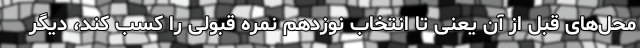
محل‌های قبل از آن یعنی تا انتخاب نوزدهم نمره قبولی را کسب کند، دیگر